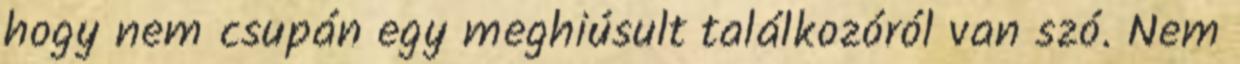
hogy nem csupán egy meghiúsult találkozóról van szó. Nem